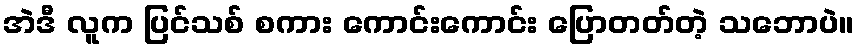
အဲဒီ လူက ပြင်သစ် စကား ကောင်းကောင်း ပြောတတ်တဲ့ သဘောပဲ။